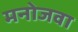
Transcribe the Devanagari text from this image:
मनोजवा